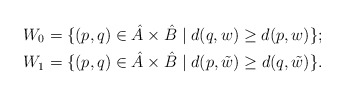
\begin{align*}&W_0 =\{ (p,q) \in \hat A\times \hat B \mid d(q, w) \geq d(p,w) \};\\&W_1 =\{ (p,q) \in \hat A\times \hat B \mid d(p, \tilde{w}) \geq d(q,\tilde{w}) \}.\end{align*}